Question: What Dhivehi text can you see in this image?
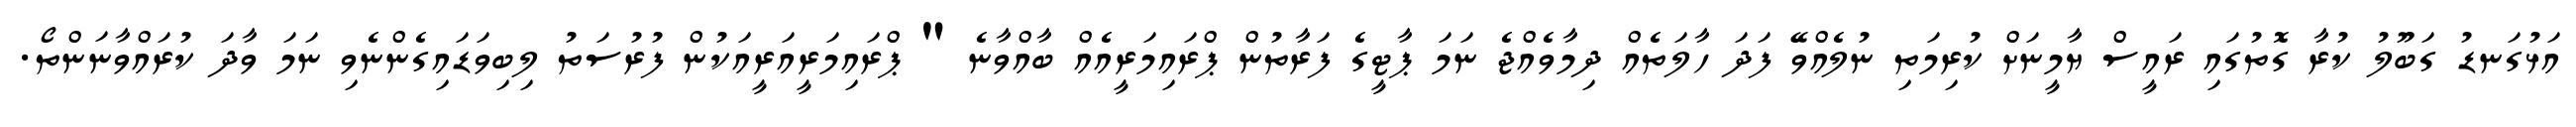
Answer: އަޅުގަނޑު ގަބޫލު ކުރާ ގޮތުގައި ރައީސް ޔާމީނަށް ކުރިމަތި ނުލެއްވޭ ފަދަ ހާލަތެއް ދިމާވެއްޖެ ނަމަ ޕާޓީގެ ފަރާތުން ޕްރައިމަރީއެއް ބާއްވާނެ " ޕްރައިމަރީއަރީއަކުން ފުރުސަތު ލިބިވަޑައިގެންނެވި ނަމަ ވާދަ ކުރައްވާނަންތޯ.